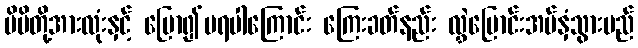
မိမိတို့အားလုံးနှင့် ပြော၍မရပါကြောင်း ကြေးခတ်နည်း လွှဲပြောင်းအပ်နှံသွားမည်